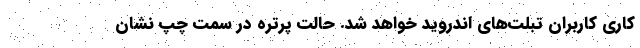
کاری کاربران تبلت‌های اندروید خواهد شد. حالت پرتره در سمت چپ نشان